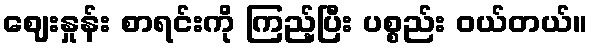
ဈေးနှုန်း စာရင်းကို ကြည့်ပြီး ပစ္စည်း ဝယ်တယ်။